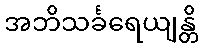
အဘိသင်္ခရေယျန္တိ